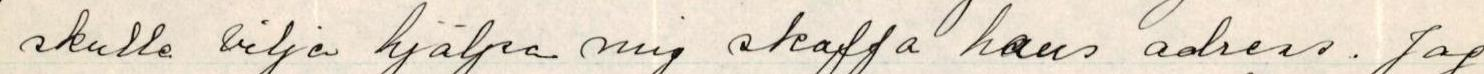
skulle vilja hjälpa mig skaffa hans adress. Jag